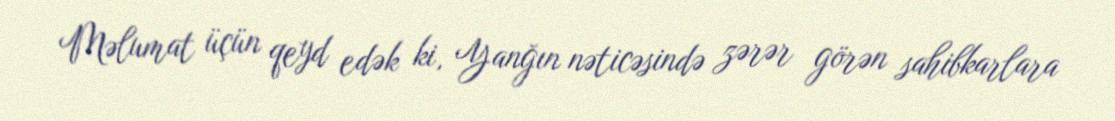
Məlumat üçün qeyd edək ki, Yanğın nəticəsində zərər görən sahibkarlara